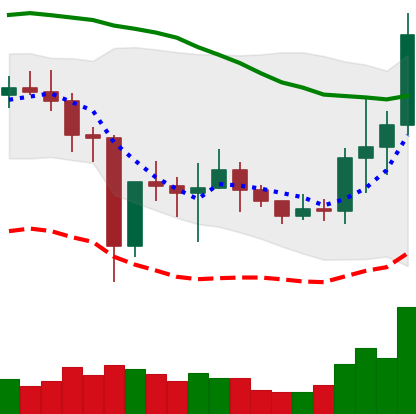
Ticker: NEO-USD
Chart end date: 2021-01-06
Forward return: 22.164%
Label: up_7plus